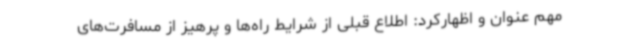
مهم عنوان و اظهارکرد: اطلاع قبلی از شرایط راه‌ها و پرهیز از مسافرت‌های